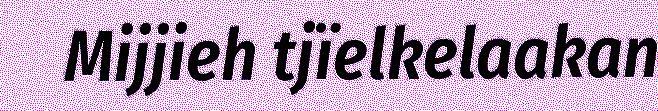
Mijjieh tjïelkelaakan